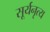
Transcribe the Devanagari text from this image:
सूर्यनृत्य